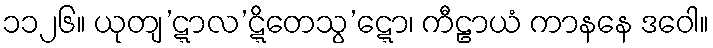
၁၁၂၆။ ယုတျ’ဋ္ဋာလ’ဋ္ဋိတေသွ’ဋ္ဋော၊ ကီဠာယံ ကာနနေ ဒဝေါ။